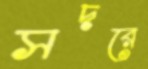
সদরে